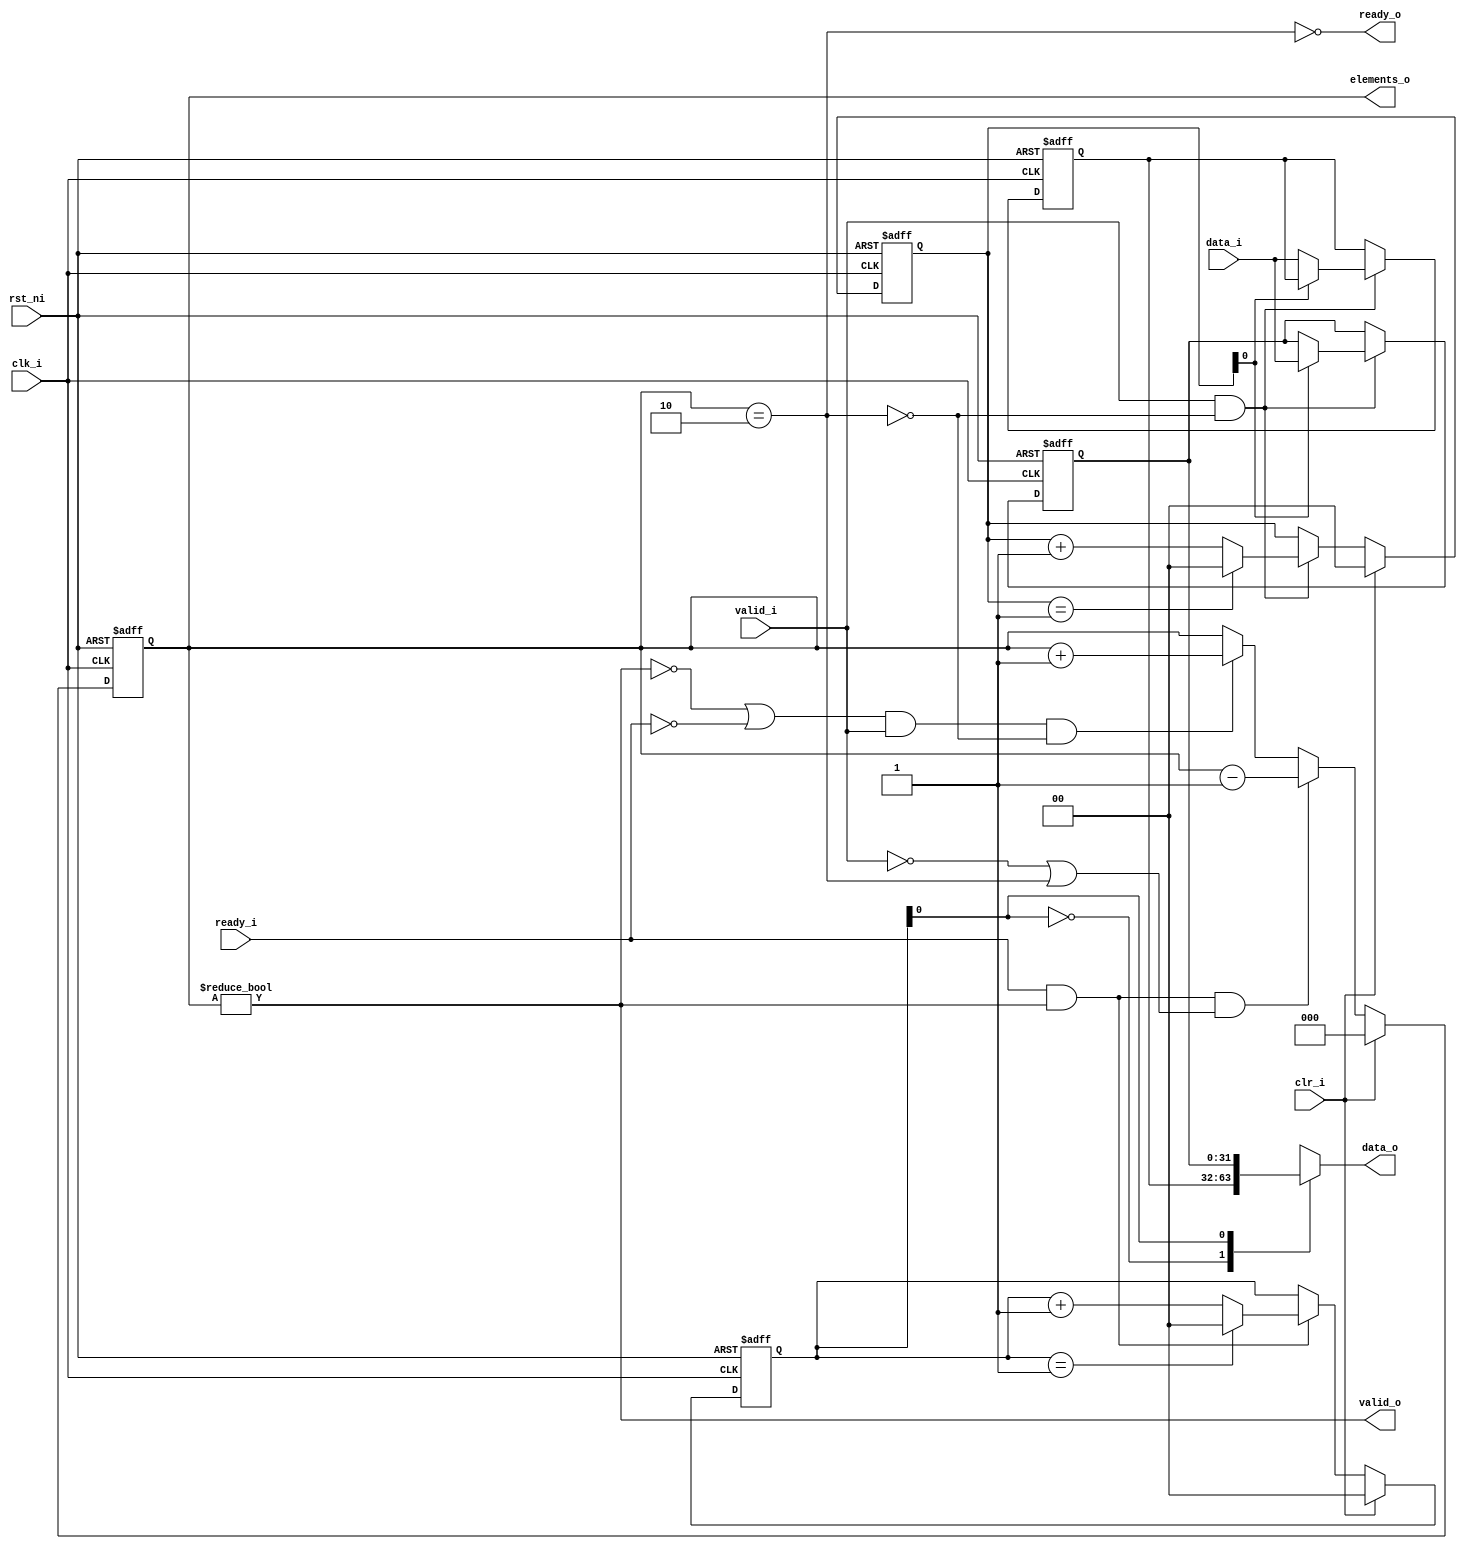
// This program was cloned from: https://github.com/huangxc6/Software_Hardware_Co-Design_24Spring
// License: MIT License

// Copyright 2017 ETH Zurich and University of Bologna.
// -- Adaptable modifications made for hbirdv2 SoC. -- 
// Copyright and related rights are licensed under the Solderpad Hardware
// License, Version 0.51 (the License); you may not use this file except in
// compliance with the License.  You may obtain a copy of the License at
// http://solderpad.org/licenses/SHL-0.51. Unless required by applicable law
// or agreed to in writing, software, hardware and materials distributed under
// this License is distributed on an AS IS BASIS, WITHOUT WARRANTIES OR
// CONDITIONS OF ANY KIND, either express or implied. See the License for the
// specific language governing permissions and limitations under the License.

`define log2(VALUE) ((VALUE) < ( 1 ) ? 0 : (VALUE) < ( 2 ) ? 1 : (VALUE) < ( 4 ) ? 2 : (VALUE) < ( 8 ) ? 3 : (VALUE) < ( 16 )  ? 4 : (VALUE) < ( 32 )  ? 5 : (VALUE) < ( 64 )  ? 6 : (VALUE) < ( 128 ) ? 7 : (VALUE) < ( 256 ) ? 8 : (VALUE) < ( 512 ) ? 9 : (VALUE) < ( 1024 ) ? 10 : (VALUE) < ( 2048 ) ? 11 : (VALUE) < ( 4096 ) ? 12 : (VALUE) < ( 8192 ) ? 13 : (VALUE) < ( 16384 ) ? 14 : (VALUE) < ( 32768 ) ? 15 : (VALUE) < ( 65536 ) ? 16 : (VALUE) < ( 131072 ) ? 17 : (VALUE) < ( 262144 ) ? 18 : (VALUE) < ( 524288 ) ? 19 : (VALUE) < ( 1048576 ) ? 20 : (VALUE) < ( 1048576 * 2 ) ? 21 : (VALUE) < ( 1048576 * 4 ) ? 22 : (VALUE) < ( 1048576 * 8 ) ? 23 : (VALUE) < ( 1048576 * 16 ) ? 24 : 25)

module spi_master_fifo
#(
    parameter DATA_WIDTH = 32,
    parameter BUFFER_DEPTH = 2,
    parameter LOG_BUFFER_DEPTH = `log2(BUFFER_DEPTH)
)
(
    input  wire                      clk_i,
    input  wire                      rst_ni,
    input  wire                      clr_i,
    output wire [LOG_BUFFER_DEPTH:0] elements_o,
    output wire [DATA_WIDTH - 1:0]   data_o,
    output wire                      valid_o,
    input  wire                      ready_i,
    input  wire                      valid_i,
    input  wire [DATA_WIDTH - 1:0]   data_i,
    output wire                      ready_o
);

    // Internal data structures
    reg [LOG_BUFFER_DEPTH - 1:0] pointer_in;      // location to which we last wrote
    reg [LOG_BUFFER_DEPTH - 1:0] pointer_out;     // location from which we last sent
    reg [LOG_BUFFER_DEPTH:0]     elements;        // number of elements in the buffer
    reg [DATA_WIDTH - 1:0]       buffer [BUFFER_DEPTH - 1:0];


    wire    full;
    integer loop1;

    assign full = (elements == BUFFER_DEPTH);
    assign elements_o = elements;
    
    always @(posedge clk_i or negedge rst_ni) begin : elements_sequential
        if (rst_ni == 1'b0)
            elements <= 0;
        else if (clr_i)
            elements <= 0;
        // ------------------
        // Are we filling up?
        // ------------------
        // One out, none in
        else if ((ready_i && valid_o) && (!valid_i || full))
            elements <= elements - 1;
        // None out, one in
        else if (((!valid_o || !ready_i) && valid_i) && !full)
            elements <= elements + 1;
        // Else, either one out and one in, or none out and none in - stays unchanged
    end


    always @(posedge clk_i or negedge rst_ni) begin : buffers_sequential
        if (rst_ni == 1'b0) begin
            for (loop1 = 0; loop1 < BUFFER_DEPTH; loop1 = loop1 + 1)
                buffer[loop1] <= 0;
        end
        else if (valid_i && !full)
            // Update the memory
            buffer[pointer_in] <= data_i;
    end


    always @(posedge clk_i or negedge rst_ni) begin : sequential
        if (rst_ni == 1'b0) begin
            pointer_out <= 0;
            pointer_in  <= 0;
	end else if (clr_i) begin
            pointer_out <= 0;
            pointer_in  <= 0;
	end else begin
            // ------------------------------------
            // Check what to do with the input side
            // ------------------------------------
            // We have some input, increase by 1 the input pointer		
	    if (valid_i && !full) begin
                if (pointer_in == $unsigned(BUFFER_DEPTH - 1))
                    pointer_in <= 0;
                else
                    pointer_in <= pointer_in + 1;
	    end
            // Else we don't have any input, the input pointer stays the same

            // -------------------------------------
            // Check what to do with the output side
            // -------------------------------------
            // We had pushed one flit out, we can try to go for the next one
	    if (ready_i && valid_o) begin
                if (pointer_out == $unsigned(BUFFER_DEPTH - 1))
                    pointer_out <= 0;
                else
                    pointer_out <= pointer_out + 1;
	    end
            // Else stay on the same output location
        end
    end

    // Update output ports
    assign data_o  = buffer[pointer_out];
    assign valid_o = (elements != 0);
    assign ready_o = ~full;

endmodule